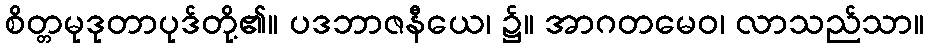
စိတ္တမုဒုတာပုဒ်တို့၏။ ပဒဘာဇနီယေ၊ ၌။ အာဂတမေဝ၊ လာသည်သာ။